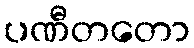
ပဏီတတော